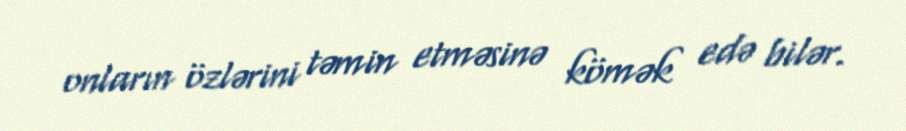
onların özlərini təmin etməsinə kömək edə bilər.